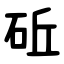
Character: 䂡